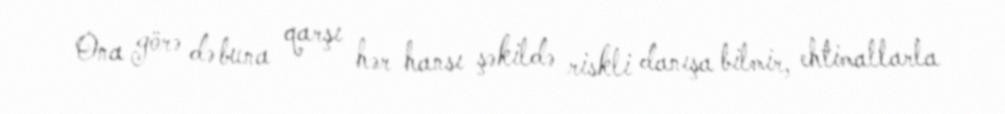
Ona görə də buna qarşı hər hansı şəkildə riskli danışa bilmir, ehtimallarla